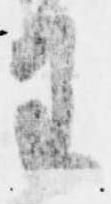
王